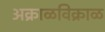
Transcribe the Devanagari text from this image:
अक्राळविक्राळ